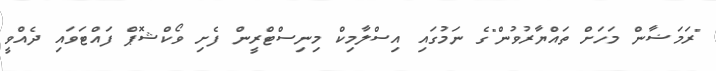
"ރަމަޟާން މަހަށް ތައްޔާރުވުން"ގެ ނަމުގައި އިސްލާމިކް މިނިސްޓްރީން ފެށި ވޯކްޝޮޕް ފައްޓަވައި ދެއްވީ